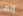
إنها